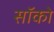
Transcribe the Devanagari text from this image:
सॉको